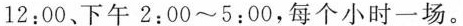
12:00、下午2:00~5:00，每个小时一场。